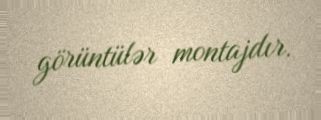
görüntülər montajdır.